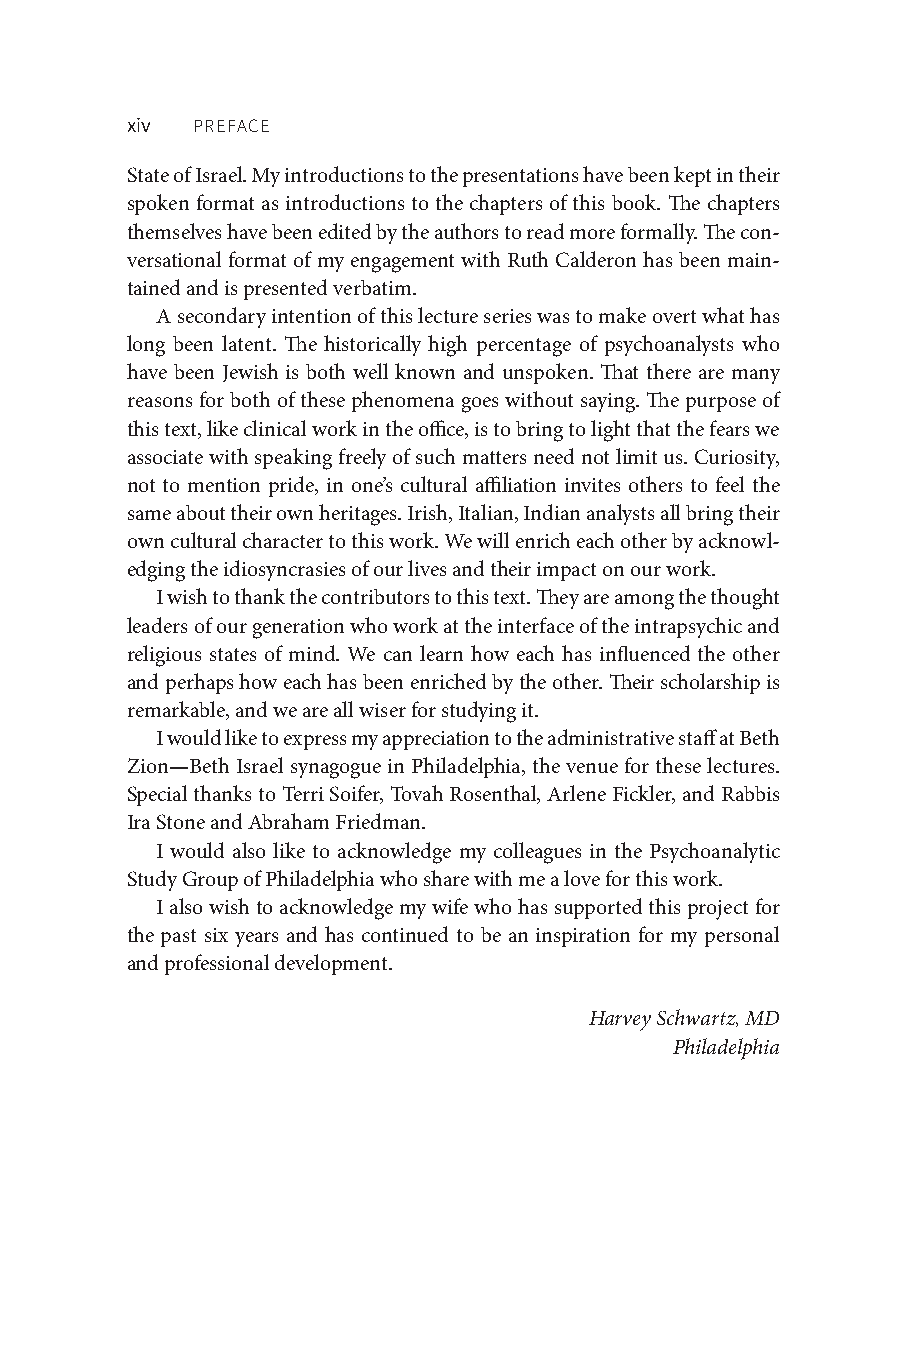
xiv  PREFACE
 State of Israel. My introductions to the presentations have been kept in their
 spoken format as introductions to the chapters of this book. The chapters
 themselves have been edited by the authors to read more formally. The con-
 versational format of my engagement with Ruth Calderon has been main-
 tained and is presented verbatim.
 A secondary intention of this lecture series was to make overt what has
 long been latent. The historically high percentage of psychoanalysts who
 have been Jewish is both well known and unspoken. That there are many
 reasons for both of these phenomena goes without saying. The purpose of
 this text, like clinical work in the office, is to bring to light that the fears we
 associate with speaking freely of such matters need not limit us. Curiosity,
 not to mention pride, in one’s cultural affiliation invites others to feel the
 same about their own heritages. Irish, Italian, Indian analysts all bring their
 own cultural character to this work. We will enrich each other by acknowl-
 edging the idiosyncrasies of our lives and their impact on our work.
 I wish to thank the contributors to this text. They are among the thought
 leaders of our generation who work at the interface of the intrapsychic and
 religious states of mind. We can learn how each has influenced the other
 and perhaps how each has been enriched by the other. Their scholarship is
 remarkable, and we are all wiser for studying it.
 I would like to express my appreciation to the administrative staff at Beth
 Zion—Beth Israel synagogue in Philadelphia, the venue for these lectures.
 Special thanks to Terri Soifer, Tovah Rosenthal, Arlene Fickler, and Rabbis
 Ira Stone and Abraham Friedman.
 I would also like to acknowledge my colleagues in the Psychoanalytic
 Study Group of Philadelphia who share with me a love for this work.
 I also wish to acknowledge my wife who has supported this project for
 the past six years and has continued to be an inspiration for my personal
 and professional development.
 Harvey Schwartz, MD
 Philadelphia